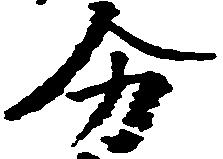
分